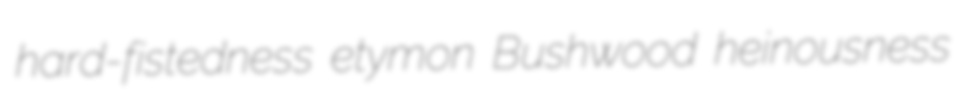
hard-fistedness etymon Bushwood heinousness